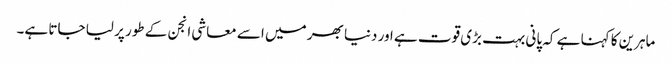
ماہرین کا کہنا ہے کہ پانی بہت بڑی قوت ہے اور دنیا بھر میں اسے معاشی انجن کے طور پر لیا جاتا ہے۔